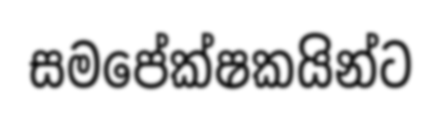
සමපේක්ෂකයින්ට